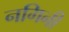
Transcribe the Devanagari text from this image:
नगिनी